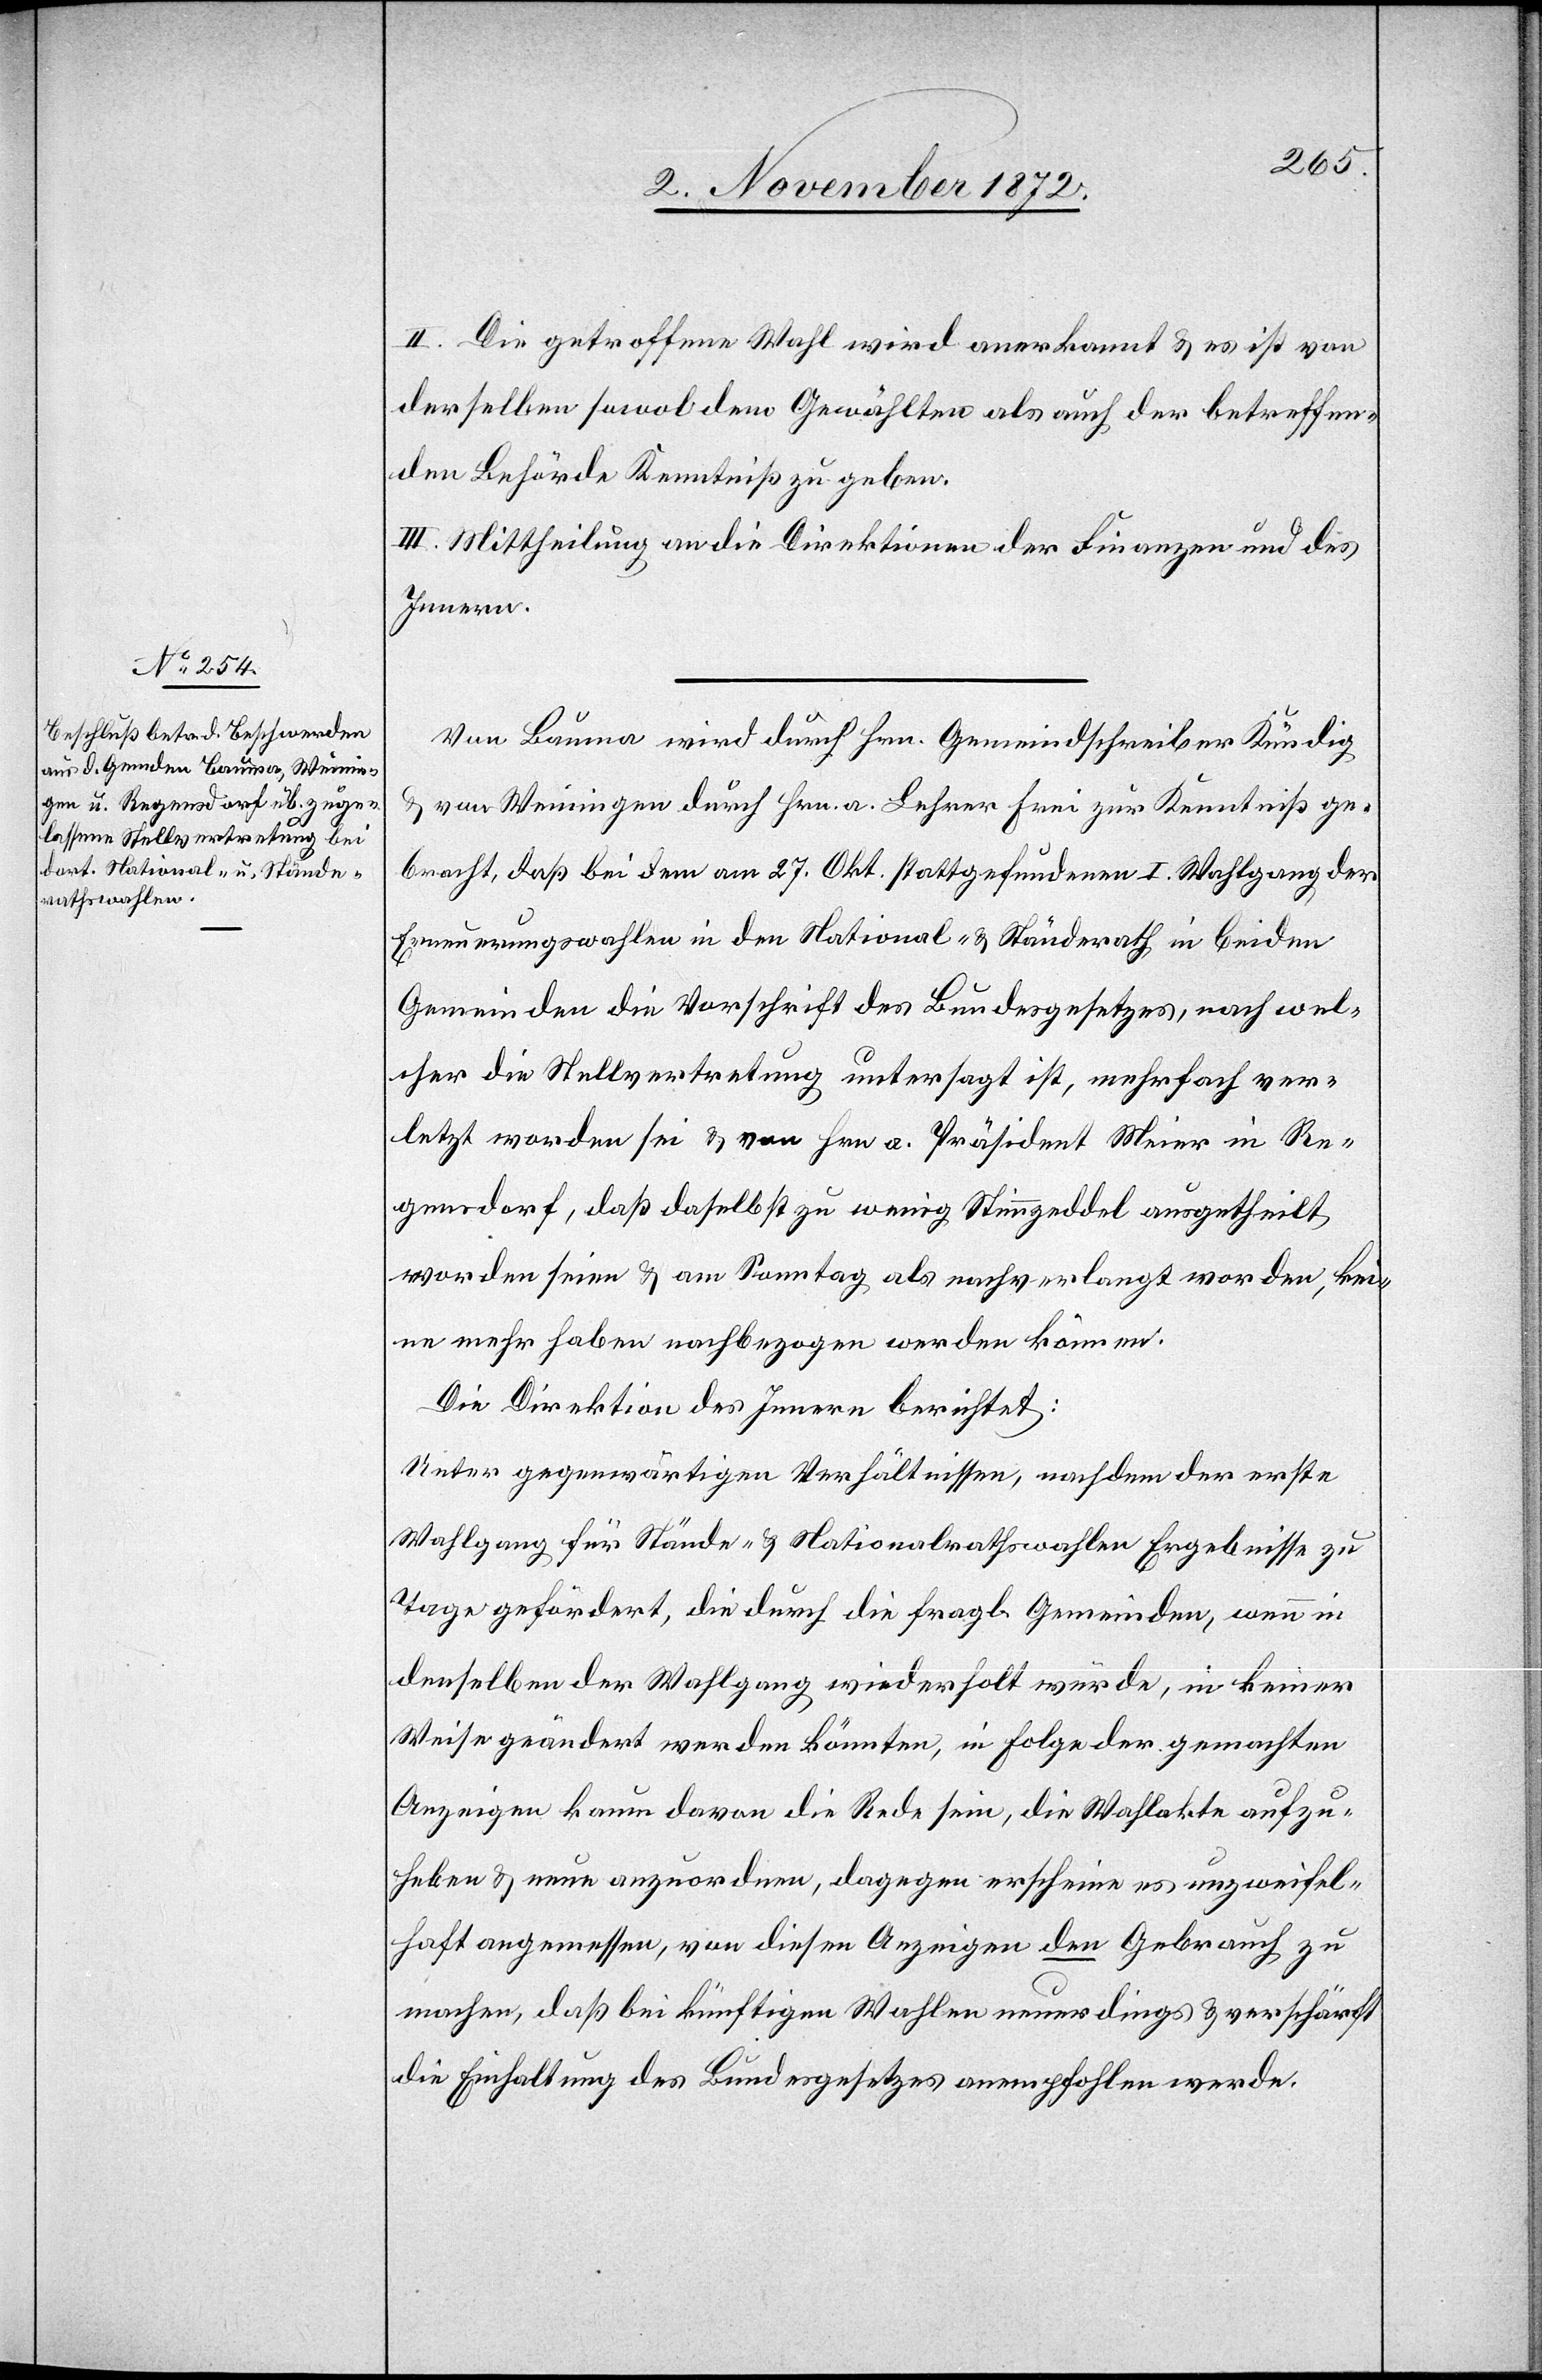
II. Die getroffene Wahl wird anerkannt u. es ist von
derselben sowol dem Gewählten als auch der betreffen¬
den Behörde Kenntniß zu geben.
III. Mittheilung an die Direktionen der Finanzen und des
Innern.
Von Bauma wird durch Hrn. Gemeindschreiber Kündig
u. von Weiningen durch Hrn. a. Lehrer Frei zur Kenntniß ge¬
bracht, daß bei dem am 27. Okt. stattgefundenen I. Wahlgang der
Erneuerungswahlen in den National- u. Ständerath in beiden
Gemeinden die Vorschrift des Bundesgesetzes, nach wel¬
cher die Stellvertretung untersagt ist, mehrfach ver¬
letzt worden sei u. von Hrn. a. Präsident Meier in Re¬
gensdorf, daß daselbst zu wenig Stimmzeddel ausgetheilt
worden seien u. am Sonntag als nachverlangt worden, kei¬
ne mehr haben nachbezogen werden können.
Die Direktion des Innern berichtet:
Unter gegenwärtigen Verhältnissen, nachdem der erste
Wahlgang für Stände- u. Nationalrathswahlen Ergebnisse zu
Tage gefördert, die durch die fragl. Gemeinden, wenn in
denselben der Wahlgang wiederholt würde, in keiner
Weise geändert werden können, in Folge der gemachten
Anzeigen kaum davon die Rede sein, die Wahlakte aufzu¬
heben u. neue anzuordnen, dagegen erscheine es unzweifel¬
haft angemessen, von diesen Anzeigen den Gebrauch zu
machen, daß bei künftigen Wahlen neuerdings u. verschärft
die Einhaltung des Bundesgesetzes anempfohlen werde.